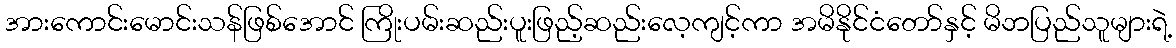
အားကောင်းမောင်းသန်ဖြစ်အောင် ကြိုးပမ်းဆည်းပူးဖြည့်ဆည်းလေ့ကျင့်ကာ အမိနိုင်ငံတော်နှင့် မိဘပြည်သူများရဲ့